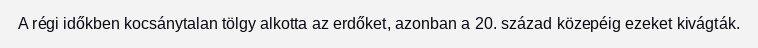
A régi időkben kocsánytalan tölgy alkotta az erdőket, azonban a 20. század közepéig ezeket kivágták.